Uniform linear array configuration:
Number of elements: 4
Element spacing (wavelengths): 0.25
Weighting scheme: blackman
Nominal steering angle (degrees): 45
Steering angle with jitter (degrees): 43.893
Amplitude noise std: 0.05
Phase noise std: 0.05

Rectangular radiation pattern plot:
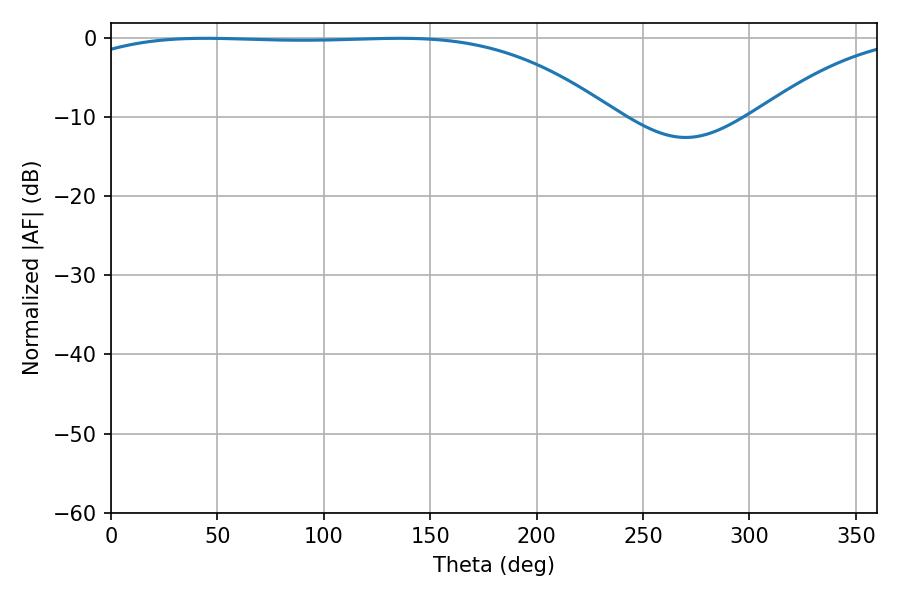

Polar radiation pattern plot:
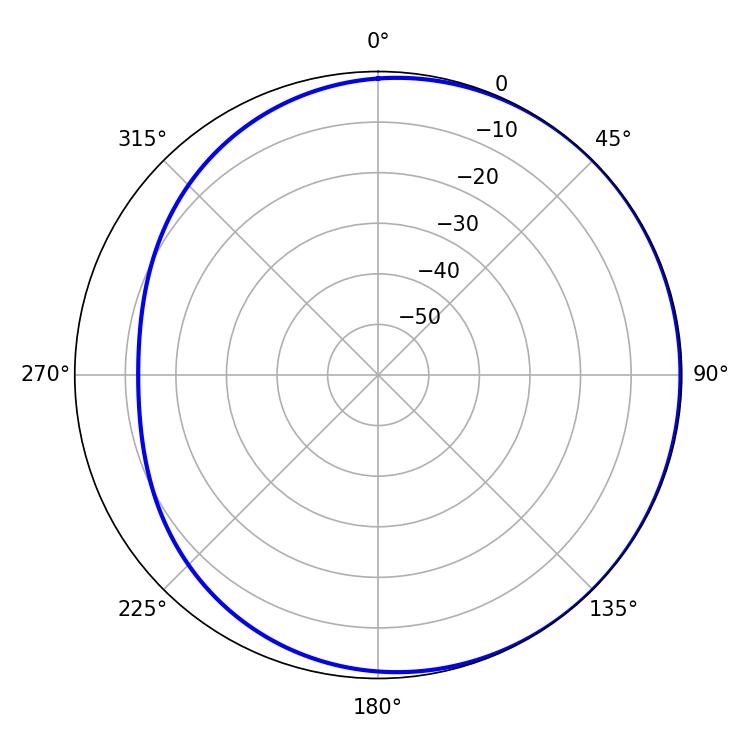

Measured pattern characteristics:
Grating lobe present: FALSE
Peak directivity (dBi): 1.011
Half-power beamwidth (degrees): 197.46
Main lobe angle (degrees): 44.46